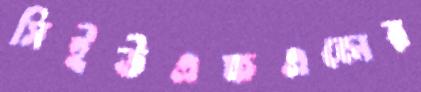
সিইউএফএলের